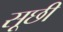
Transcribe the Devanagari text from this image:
सूछी